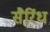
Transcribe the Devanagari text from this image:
सैरिंध